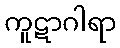
ကူဋာဂါရာ